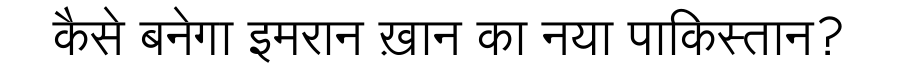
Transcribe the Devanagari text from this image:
कैसे बनेगा इमरान ख़ान का नया पाकिस्तान?